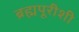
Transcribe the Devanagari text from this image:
ब्रह्मपूरीशी